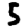
Digit: 5